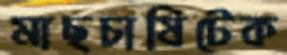
মাছচাষিটেক